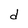
Character: d